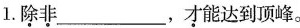
1.\underset{·}{除}\underset{·}{非}___，\underset{·}{才}能达到顶峰。